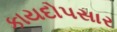
કાયદોપસાર